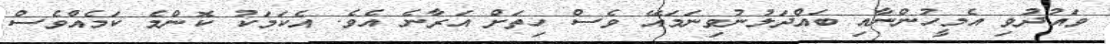
ވައުދުވި އެމީހުންނާއި ބައްދަލުނުވިނަމައޭ ވެސް ހިތަށް އަރާނެ އެވެ. އެކަމަކު ކޮންމެ ކަމެއްވެސް